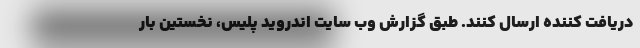
دریافت کننده ارسال کنند. طبق گزارش وب سایت اندروید پلیس، نخستین بار